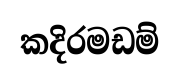
කදිරමඩම්